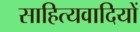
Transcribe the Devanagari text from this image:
साहित्यवादियों